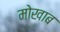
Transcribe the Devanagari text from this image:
मोखाब